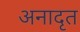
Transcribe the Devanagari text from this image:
अनादृत